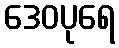
ဒေဝပုရေ